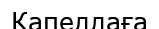
Капеллаға